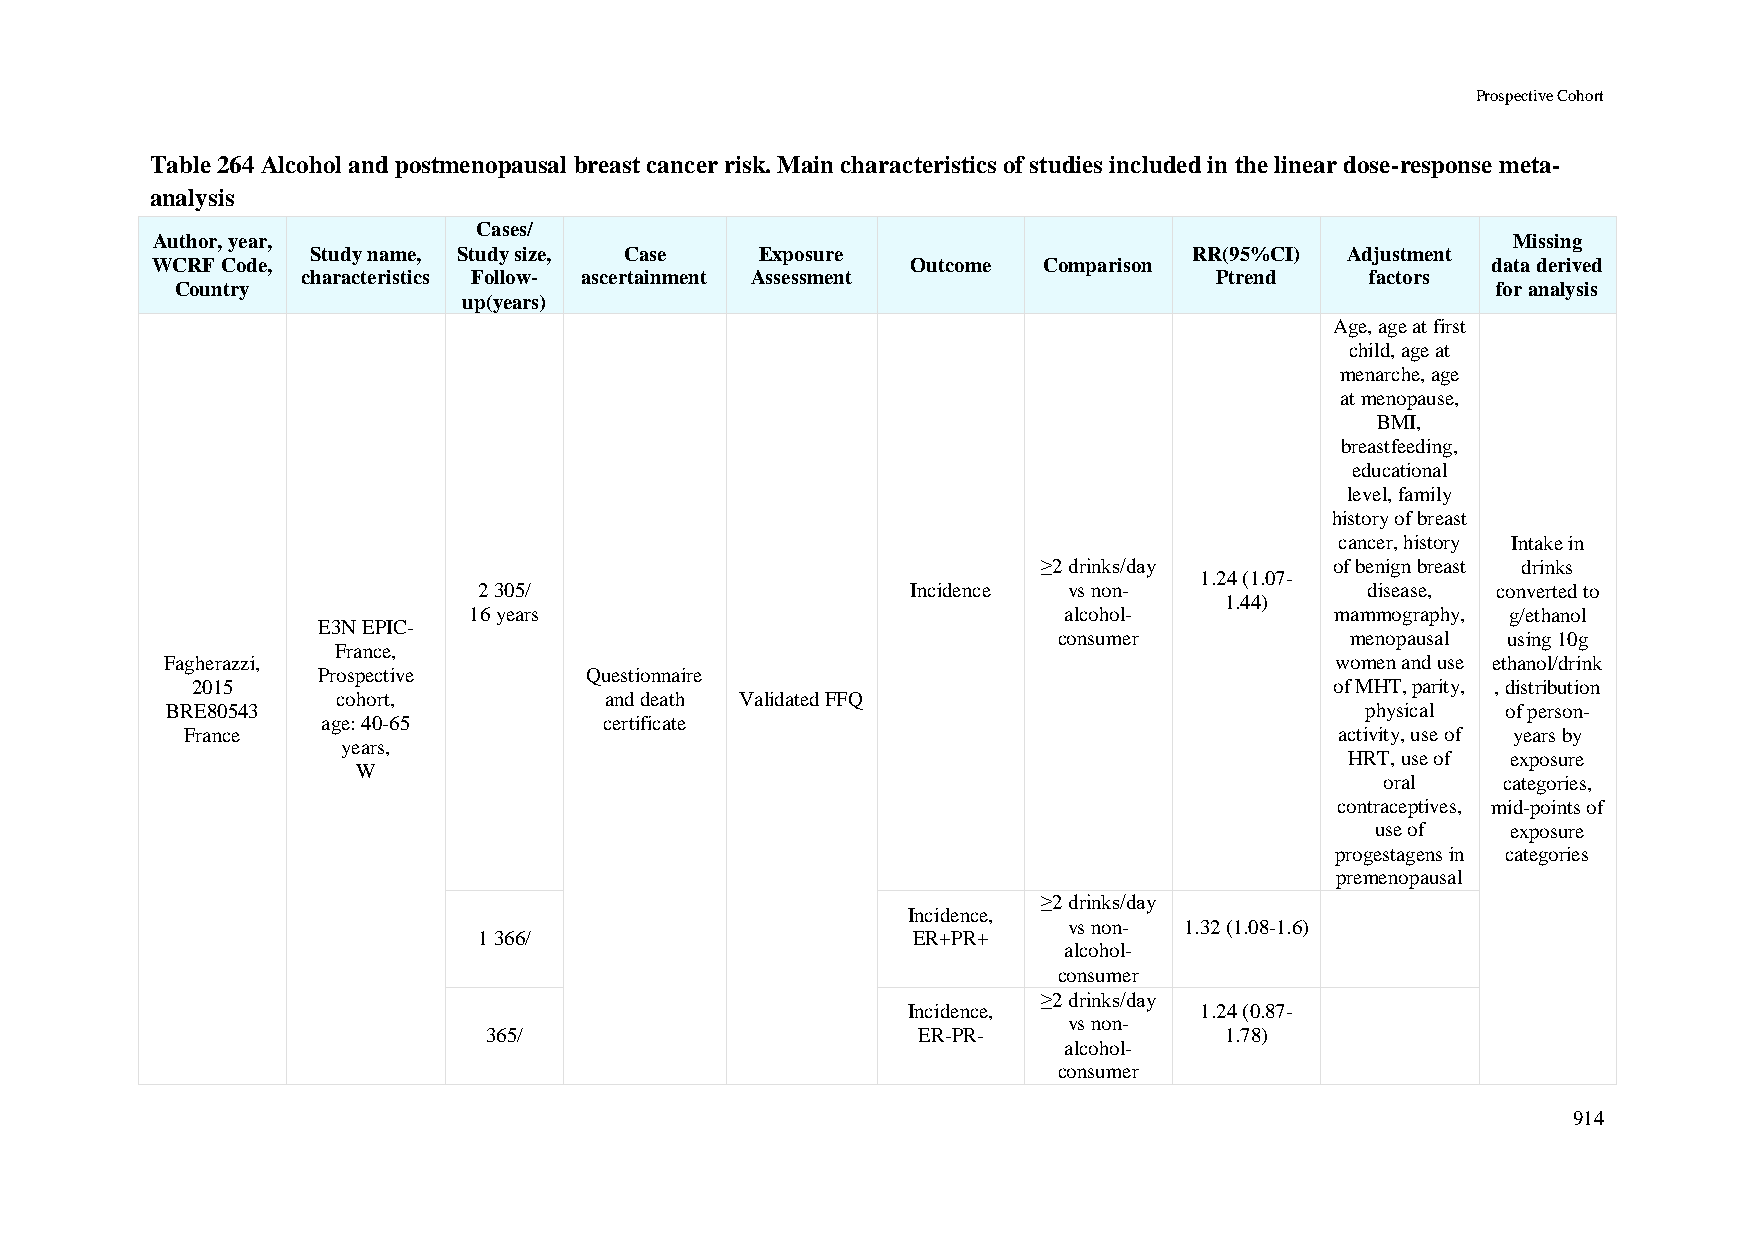
Prospective Cohort
 Table 264 Alcohol and postmenopausal breast cancer risk. Main characteristics of studies included in the linear dose-response meta-
 analysis
 Cases/
 Author, year,                                                                             Missing
 Study name, Study size, Case Exposure                     RR(95%CI) Adjustment
 WCRF Code,                                        Outcome  Comparison                    data derived
 characteristics Follow- ascertainment Assessment            Ptrend     factors
 Country                                                                                for analysis
 up(years)
 Age, age at first
 child, age at
 menarche, age
 at menopause,
 BMI,
 breastfeeding,
 educational
 level, family
 history of breast
 cancer, history Intake in
 ≥2 drinks/day      of benign breast drinks
 1.24 (1.07-
 2 305/                      Incidence  vs non-             disease, converted to
 1.44)
 16 years                               alcohol-          mammography, g/ethanol
 E3N EPIC-
 consumer           menopausal using 10g
 France,
 Fagherazzi,                                                                  women and use ethanol/drink
 Prospective       Questionnaire
 2015                                                                       of MHT, parity, , distribution
 cohort,           and death Validated FFQ
 BRE80543                                                                       physical  of person-
 age: 40-65         certificate
 France                                                                       activity, use of years by
 years,
 HRT, use of exposure
 W
 oral   categories,
 contraceptives, mid-points of
 use of   exposure
 progestagens in categories
 premenopausal
 ≥2 drinks/day
 Incidence,
 vs non- 1.32 (1.08-1.6)
 1 366/                      ER+PR+
 alcohol-
 consumer
 ≥2 drinks/day
 Incidence,         1.24 (0.87-
 vs non-
 365/                         ER-PR-              1.78)
 alcohol-
 consumer
 914